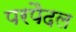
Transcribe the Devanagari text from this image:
परपैदल